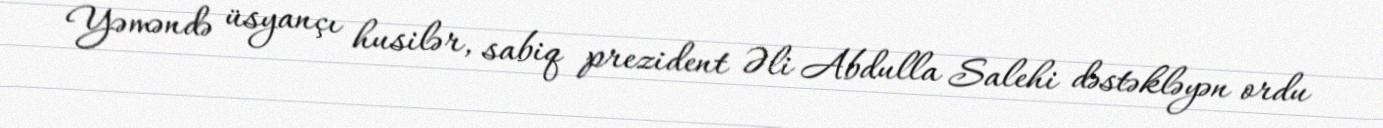
Yəməndə üsyançı husilər, sabiq prezident Əli Abdulla Salehi dəstəkləyən ordu